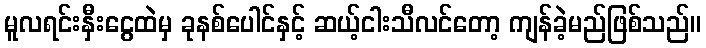
မူလရင်းနှီးငွေထဲမှ ခုနစ်ပေါင်နှင့် ဆယ့်ငါးသီလင်တော့ ကျန်ခဲ့မည်ဖြစ်သည်။